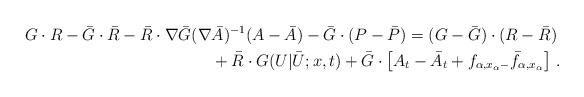
LaTeX: \begin{align*}G\cdot R-\bar G\cdot \bar R-\bar R\cdot \nabla\bar G(\nabla& \bar A)^{-1} (A-\bar A)-\bar G \cdot (P-\bar P)=(G-\bar G) \cdot (R-\bar R) \\&+\bar R \cdot G(U|\bar U;x,t)+\bar G\cdot \left[ A_t-\bar A_t+f_{\alpha,x_\alpha-}\bar f_{\alpha,x_\alpha}\right]\,.\end{align*}